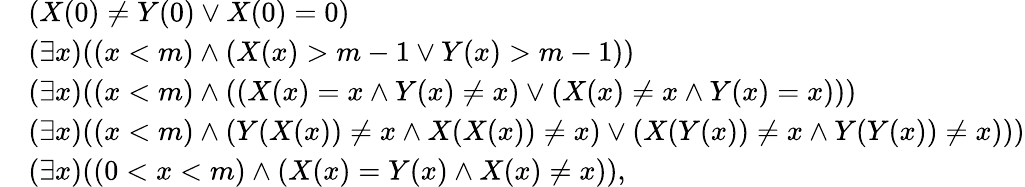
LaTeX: \begin{array}{rl}&{(X(0)\neq Y(0)\lor X(0)=0)}\\ &{(\exists x)((x<m)\land(X(x)>m-1\lor Y(x)>m-1))}\\ &{(\exists x)((x<m)\land((X(x)=x\land Y(x)\neq x)\lor(X(x)\neq x\land Y(x)=x)))}\\ &{(\exists x)((x<m)\land(Y(X(x))\neq x\land X(X(x))\neq x)\lor(X(Y(x))\neq x\land Y(Y(x))\neq x)))}\\ &{(\exists x)((0<x<m)\land(X(x)=Y(x)\land X(x)\neq x)),}\end{array}